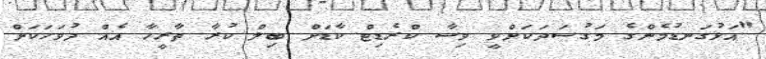
"އަޅުގަނޑުމެންގެ މަގުސަދަކަށްވީ ވިސާ ކްރެޑިޓް ކާޑަށް ބިލް ކުރާ ތާރީހާ އެއް ދުވަހަކަށް